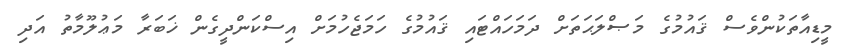
މީޑިއާތަކުންވެސް ޤައުމުގެ މަޞްލަޙަތަށް ދަމަހައްޓައި ޤައުމުގެ ހަމަޖެހުމަށް އިސްކަންދީގެން ޚަބަރާ މަޢުލޫމާތު އަދި